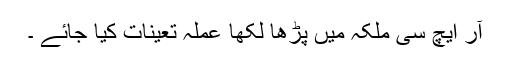
آر ایچ سی ملکہ میں پڑھا لکھا عملہ تعینات کیا جائے ۔